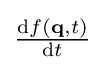
{\textstyle {\frac {\mathrm {d} f(\mathbf {q} ,t)}{\mathrm {d} t}}}